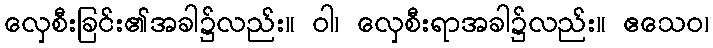
လှေစီးခြင်း၏အခါ၌လည်း။ ဝါ၊ လှေစီးရာအခါ၌လည်း။ ဧသေဝ၊